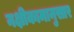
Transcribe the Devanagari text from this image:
नक्षीकामानुसार